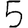
Digit: 5